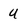
Character: U